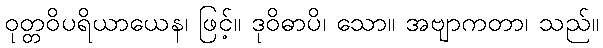
ဝုတ္တဝိပရိယာယေန၊ ဖြင့်။ ဒုဝိဓာပိ၊ သော။ အဗျာကတာ၊ သည်။